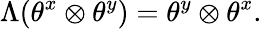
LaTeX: \Lambda(\theta^{x}\otimes\theta^{y})=\theta^{y}\otimes\theta^{x}.